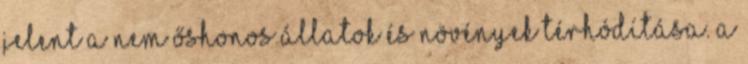
jelent a nem őshonos állatok és növények térhódítása. A